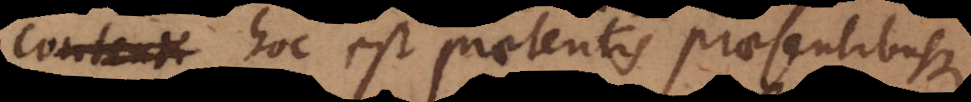
hoc est praeteritis praesentibusque